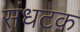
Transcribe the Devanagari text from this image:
संधटक